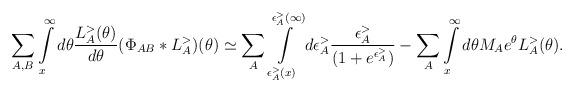
LaTeX: \begin{align*}\sum_{A, B}\int\limits_{x}^{\infty} d \theta \frac{L_A^{>}(\theta) }{d \theta} (\Phi_{AB}* L_{A}^{>}) (\theta) \simeq \sum_{A}\int\limits_{\epsilon_A^{>}(x)}^{\epsilon_A^{>}(\infty)} d \epsilon_A^{>} \frac{\epsilon_A^{>}}{(1+ e^{\epsilon_A^{>}})}- \sum_A \int\limits_{x}^{\infty} d \theta M_A e^\theta L_A^{>}(\theta).\end{align*}